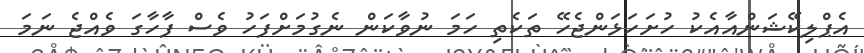
އެޕްލިކޭޝަންއާއެކު ހުށަހަޅަންޖެހޭ ތަކެތި ހަމަ ނުވާކަން ނެގުމަށްފަހު ވެސް ފާހާގަ ވެއްޖެ ނަމަ